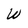
Character: W